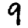
Digit: 9